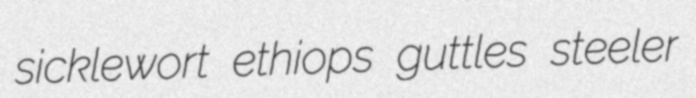
sicklewort ethiops guttles steeler